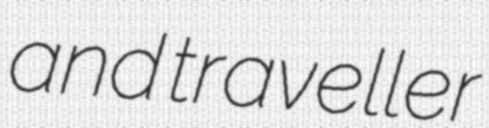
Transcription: and traveller